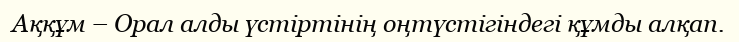
Аққұм – Орал алды үстіртінің оңтүстігіндегі құмды алқап.